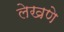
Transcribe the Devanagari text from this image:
लेखणे